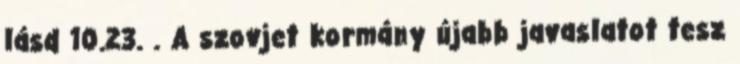
lásd 10.23. . A szovjet kormány újabb javaslatot tesz